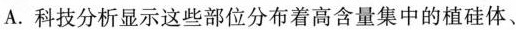
A. 科技分析显示这些部位分布着高含量集中的植硅体、